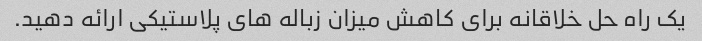
یک راه حل خلاقانه برای کاهش میزان زباله های پلاستیکی ارائه دهید.